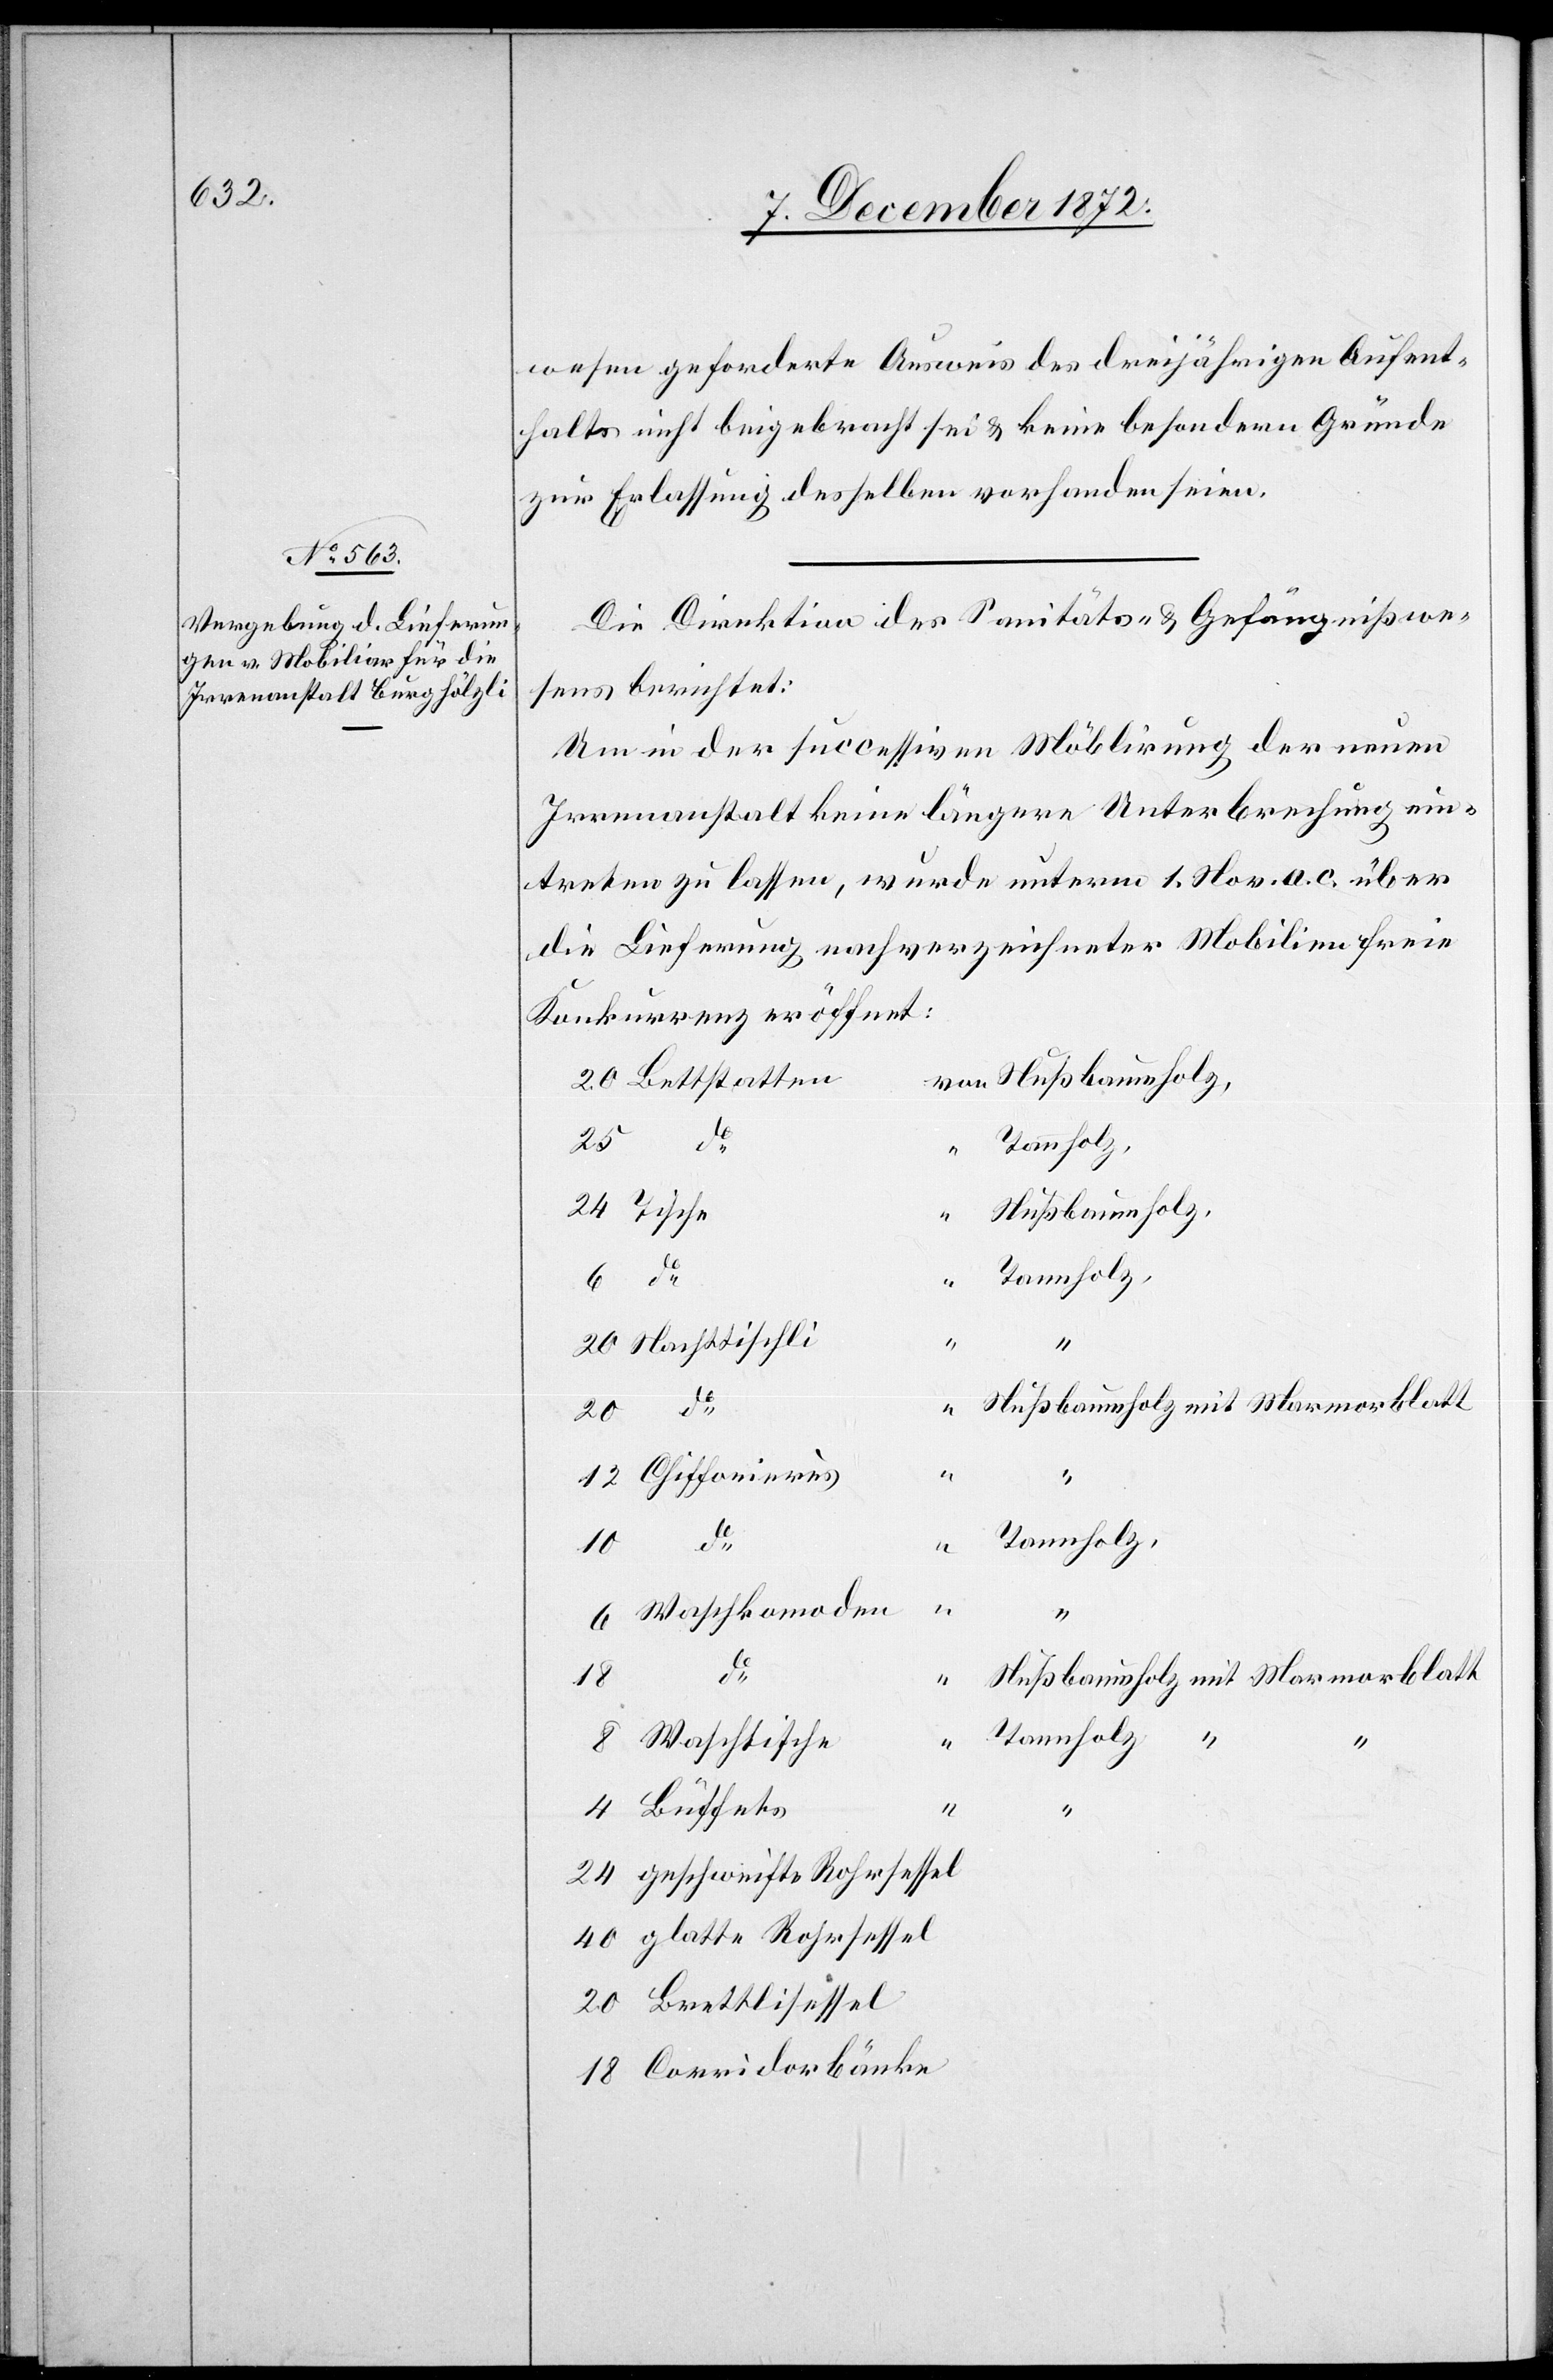
wesen geforderte Ausweis des dreijährigen Aufent¬
haltes nicht beigebracht sei u. keine besondern Gründe
zur Erlassung desselben vorhanden seien.
Die Direktion des Sanitäts- u. Gefängnißwe¬
sens berichtet:
Um in der successiven Möblirung der neuen
Irrenanstalt keine längere Unterbrechung ein¬
treten zu lassen, wurde unterm 1. Nov. a. c. über
die Lieferung nachverzeichneter Mobilien freie
Konkurrenz eröffnet:
20
Tische
Nußbaumholz,
Tannholz
Nachttischli
Nußbaumholz mit Marmorblatt
do
40
18
Tannholz “
“
Waschtische
4
Büffets
24
geschweifte Rohrsessel
glatte Rohrsessel
Brettlisessel
Corridorbänke